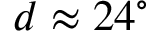
d \approx 2 4 ^ { \circ }